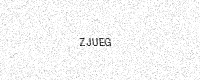
Text: ZJUEG